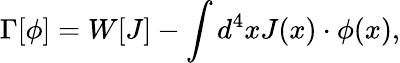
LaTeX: \Gamma[\phi]=W[J]-\int d^{4}xJ(x)\cdot\phi(x),